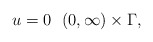
\begin{align*}u = 0 \ \ (0, \infty ) \times \Gamma,\end{align*}